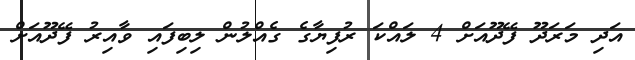
އަދި މަރަދޫ ފޭދޫއަށް 4 ލައްކަ ރުފިޔާގެ ގެއްލުން ލިބިފައި ވާއިރު ފޭދޫއަށް